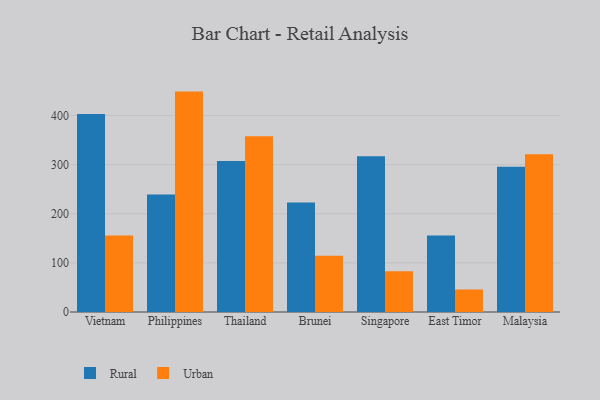
{"axis": {"x": "Country", "y": "Website Visitors"}, "legend": ["Rural", "Urban"], "data": [{"x": "Vietnam", "y": 402.9, "type": "Rural"}, {"x": "Vietnam", "y": 155.6, "type": "Urban"}, {"x": "Philippines", "y": 239.0, "type": "Rural"}, {"x": "Philippines", "y": 448.6, "type": "Urban"}, {"x": "Thailand", "y": 307.5, "type": "Rural"}, {"x": "Thailand", "y": 357.7, "type": "Urban"}, {"x": "Brunei", "y": 222.7, "type": "Rural"}, {"x": "Brunei", "y": 114.7, "type": "Urban"}, {"x": "Singapore", "y": 317.2, "type": "Rural"}, {"x": "Singapore", "y": 82.8, "type": "Urban"}, {"x": "East Timor", "y": 155.7, "type": "Rural"}, {"x": "East Timor", "y": 45.8, "type": "Urban"}, {"x": "Malaysia", "y": 295.8, "type": "Rural"}, {"x": "Malaysia", "y": 321.1, "type": "Urban"}]}